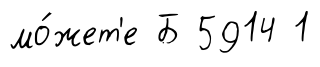
мо́жет'е Б 5914 1